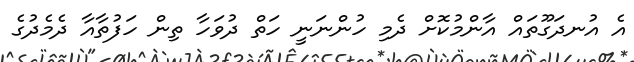
އެ އުނދަގޫތައް އާންމުކޮށް ދެމި ހުންނަނީ ހަތް ދުވަހާ ތިން ހަފުތާއާ ދެމެދުގެ